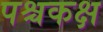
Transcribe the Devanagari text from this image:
पश्चकक्ष